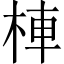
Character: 𣒞